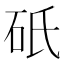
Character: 𬒀